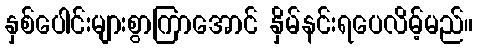
နှစ်ပေါင်းများစွာကြာအောင် နှိမ်နင်းရပေလိမ့်မည်။